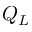
Q _ { L }